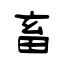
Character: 畜